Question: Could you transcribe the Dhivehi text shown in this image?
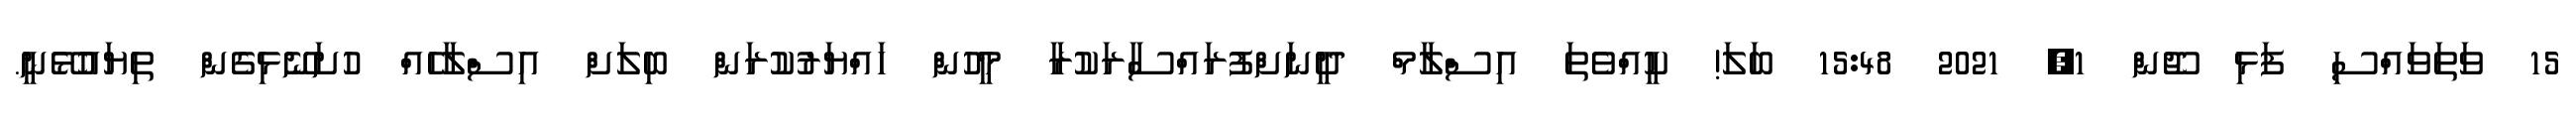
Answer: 15 ވަތަވައްސި ފަޅި ޖޫން 1, 2021 15:48 ބަލަ! ކީއްވެތަ އިސްލާމް ދީނަށްފުރައްސާރަކުރާ މީހުން ހައްޔަރުކުރަން ބިލަށް އިސްލާހެއް ހުށަނޭޅިގެން ތިޔައުޅޭނީ.